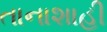
તાનાશાહી